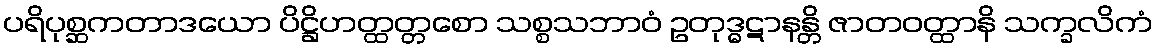
ပရိပုစ္ဆကတာဒယော ပိဋ္ဌိဟတ္ထတ္တစော သစ္စသဘာဝံ ဥတုဒ္ဓဋာနန္တိ ဇာတဝတ္ထာနိ သက္ခလိကံ